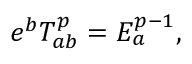
e ^ { b } { \cal T } _ { a b } ^ { p } = { \cal E } _ { a } ^ { p - 1 } ,